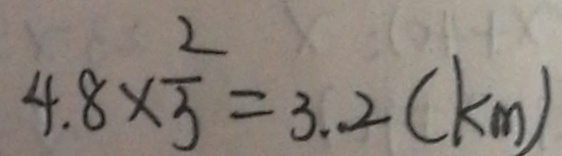
4 . 8 \times \frac { 2 } { 3 } = 3 . 2 ( k m )